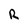
Character: R